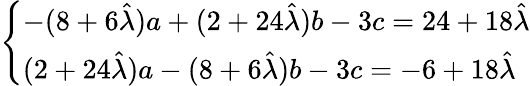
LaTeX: \left\{ \begin{array}{ll}{-(8+6\hat{\lambda})a+(2+24\hat{\lambda})b-3c=24+18\hat{\lambda}}\\ {(2+24\hat{\lambda})a-(8+6\hat{\lambda})b-3c=-6+18\hat{\lambda}}\end{array}\right.